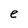
Character: e